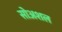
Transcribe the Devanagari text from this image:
सोअशल